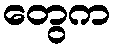
တွေက